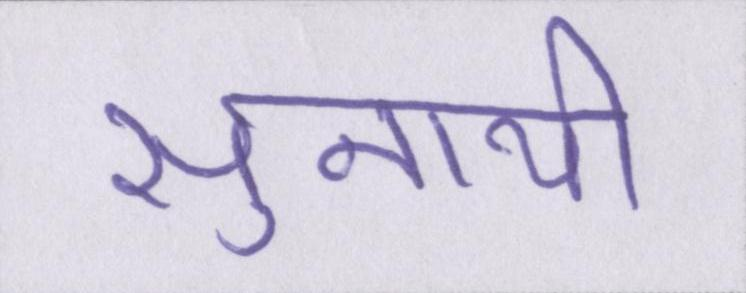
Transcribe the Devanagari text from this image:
सुनायी